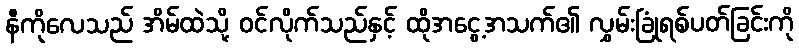
နီကိုလေသည် အိမ်ထဲသို့ ဝင်လိုက်သည်နှင့် ထိုအငွေ့အသက်၏ လွှမ်းခြုံရစ်ပတ်ခြင်းကို